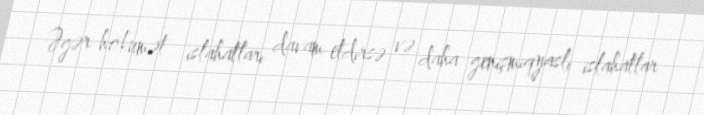
Əgər hökumət islahatları davam etdirsə və daha genişmiqyaslı islahatlar